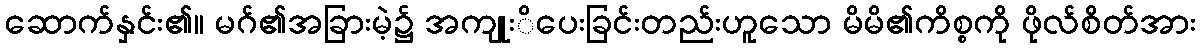
ဆောက်နှင်း၏။ မဂ်၏အခြားမဲ့၌ အကျုးိပေးခြင်းတည်းဟူသော မိမိ၏ကိစ္စကို ဖိုလ်စိတ်အား